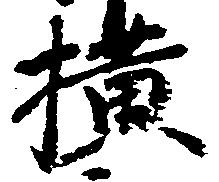
横